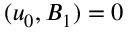
( u _ { 0 } , B _ { 1 } ) = 0